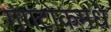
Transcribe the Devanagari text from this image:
गंगटोकमधे